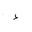
Letter: _hamza